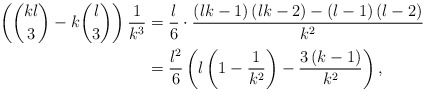
\begin{align*}\left( \binom{kl}{3}-k\binom{l}{3}\right) \frac{1}{k^{3}} & =\frac{l}{6}\cdot\frac{\left( lk-1\right) \left( lk-2\right) -\left( l-1\right)\left( l-2\right) }{k^{2}}\\& =\frac{l^{2}}{6}\left( l\left( 1-\frac{1}{k^{2}}\right) -\frac{3\left(k-1\right) }{k^{2}}\right) ,\end{align*}